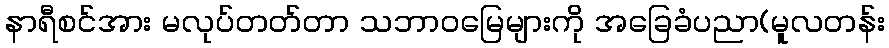
နာရီစင်အား မလုပ်တတ်တာ သဘာဝမြေများကို အခြေခံပညာ(မူလတန်း